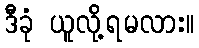
ဒီခုံ ယူလို့ရမလား။